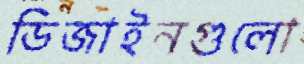
ডিজাইনগুলো